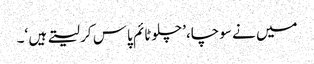
میں نے سوچا،’ چلوٹائم پاس کر لیتے ہیں ‘۔